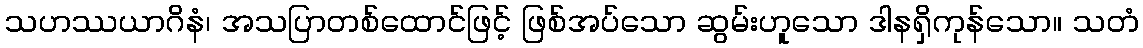
သဟဿယာဂိနံ၊ အသပြာတစ်ထောင်ဖြင့် ဖြစ်အပ်သော ဆွမ်းဟူသော ဒါနရှိကုန်သော။ သတံ